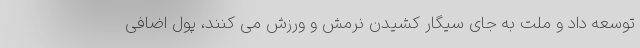
توسعه داد و ملت به جای سیگار کشیدن نرمش و ورزش می کنند، پول اضافی